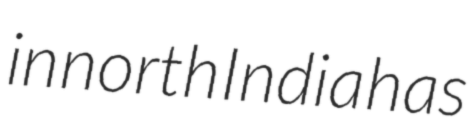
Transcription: in north India has